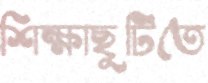
শিক্ষাছুটিতে